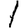
Digit: 1